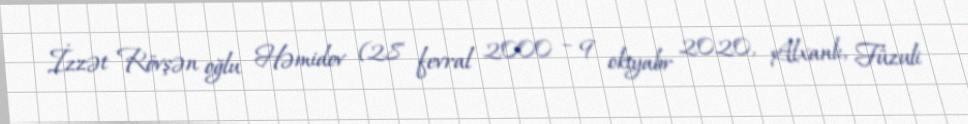
İzzət Rövşən oğlu Həmidov (28 fevral 2000 – 9 oktyabr 2020, Alxanlı, Füzuli